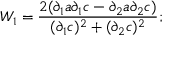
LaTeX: W _ { 1 } = \frac { 2 ( { \partial } _ { 1 } a \partial _ { 1 } c - \partial _ { 2 } a \partial _ { 2 } c ) } { ( { \partial } _ { 1 } c ) ^ { 2 } + ( { \partial } _ { 2 } c ) ^ { 2 } } ;